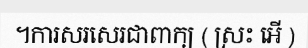
។ការសរសេរជាពាក្យ ( ស្រះ អើ )